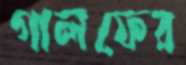
গালফের